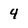
Character: 4